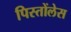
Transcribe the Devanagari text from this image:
पिस्तोंलेस